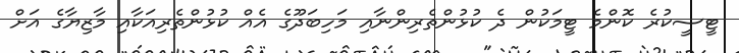
ޓީސީކުރެ ކޮންމެ ޓީމަކުން ދެ ކުޅުންތެރިންނާއި މަހިބަދޫގެ އެއް ކުޅުންތެރިއަކާއި މާޒިޔާގެ އަށް